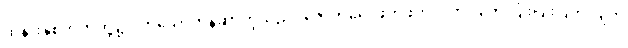
ထိုနားနှစ်ဘက်တို့၌ ဝတ်သောတန်ဆာတို့သည်။ ဇောတရေ၊ ဖိတ်ဖိတ်လက်လျက် ပြိုးပြိုးပြက်လျက်